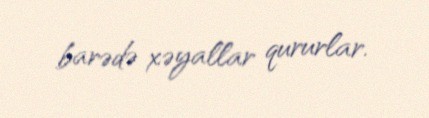
barədə xəyallar qururlar.